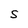
Character: S